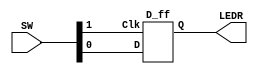
///master slave FF D
module part3(SW, LEDR);
	input [1:0] SW;
	output [0:0]LEDR;
	
	D_ff F0(SW[0], SW[1], LEDR[0]);
endmodule
module D_latch(En, D, Q);
	input D, En;
	output Q;
	wire S_g, R_g, Qb;
	assign S_g = ~(D&En); 
	assign R_g = ~(~D&En);
	assign Qb = ~(Q&R_g);
	assign Q = ~(Qb&S_g);
endmodule
module D_ff(D, Clk, Q);
	input D, Clk;
	output Q;
	wire Qm;
	D_latch master(~Clk, D, Qm); 
	D_latch slave(Clk, Qm, Q);
endmodule